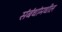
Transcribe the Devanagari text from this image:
संबंधांमधील